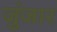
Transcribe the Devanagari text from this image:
जुंजार